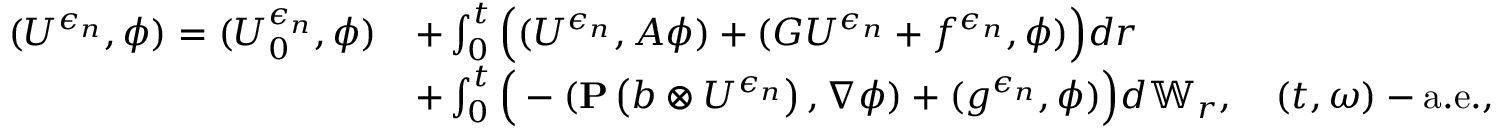
\begin{array} { r l } { ( U ^ { \epsilon _ { n } } , \phi ) = ( U _ { 0 } ^ { \epsilon _ { n } } , \phi ) } & { + \int _ { 0 } ^ { t } \Big ( ( U ^ { \epsilon _ { n } } , A \phi ) + ( G U ^ { \epsilon _ { n } } + f ^ { \epsilon _ { n } } , \phi ) \Big ) d r } \\ & { + \int _ { 0 } ^ { t } \Big ( - ( \mathbf { P } \left( b \otimes U ^ { \epsilon _ { n } } \right) , \nabla \phi ) + ( g ^ { \epsilon _ { n } } , \phi ) \Big ) d \mathbb { W } _ { r } , \quad ( t , \omega ) - \mathrm { a . e . } , } \end{array}